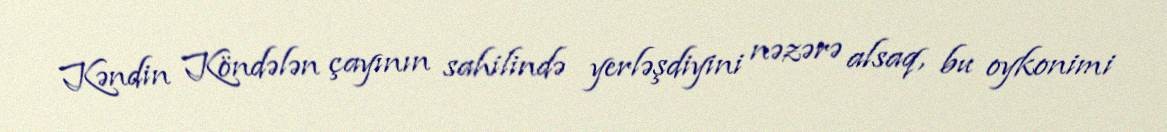
Kəndin Köndələn çayının sahilində yerləşdiyini nəzərə alsaq, bu oykonimi